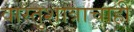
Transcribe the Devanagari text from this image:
वास्तुशात्राचाही